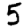
Digit: 5